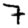
Digit: 7